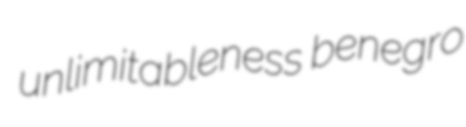
unlimitableness benegro